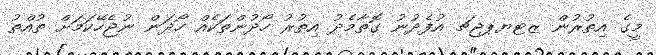
މީގެ އިތުރުން ޒޓޔޕޖޗ އުފެދުނު ގޮތާމެދު އިތުރު ހޯދުންތަކެއް ހޯދަން ނުޖެހޭކަމަށް ތުއްތު